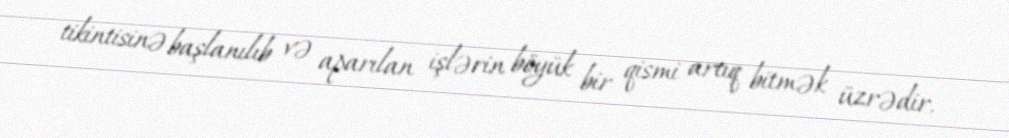
tikintisinə başlanılıb və aparılan işlərin böyük bir qismi artıq bitmək üzrədir.